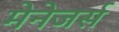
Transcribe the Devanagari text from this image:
मेनेजर्स